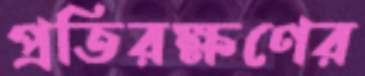
প্রতিরক্ষণের